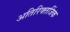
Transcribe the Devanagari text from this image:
अतिरिक्तजिंक